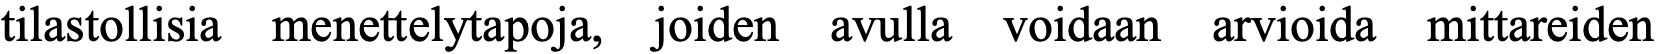
tilastollisia menettelytapoja, joiden avulla voidaan arvioida mittareiden